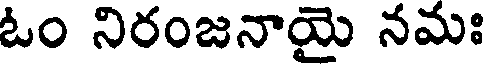
ఓం నిరంజనాయై నమః